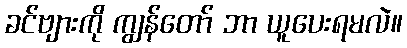
ခင်ဗျားကို ကျွန်တော် ဘာ ယူပေးရမလဲ။